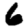
Digit: 6